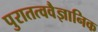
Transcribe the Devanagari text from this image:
पुरातत्ववैज्ञानिक